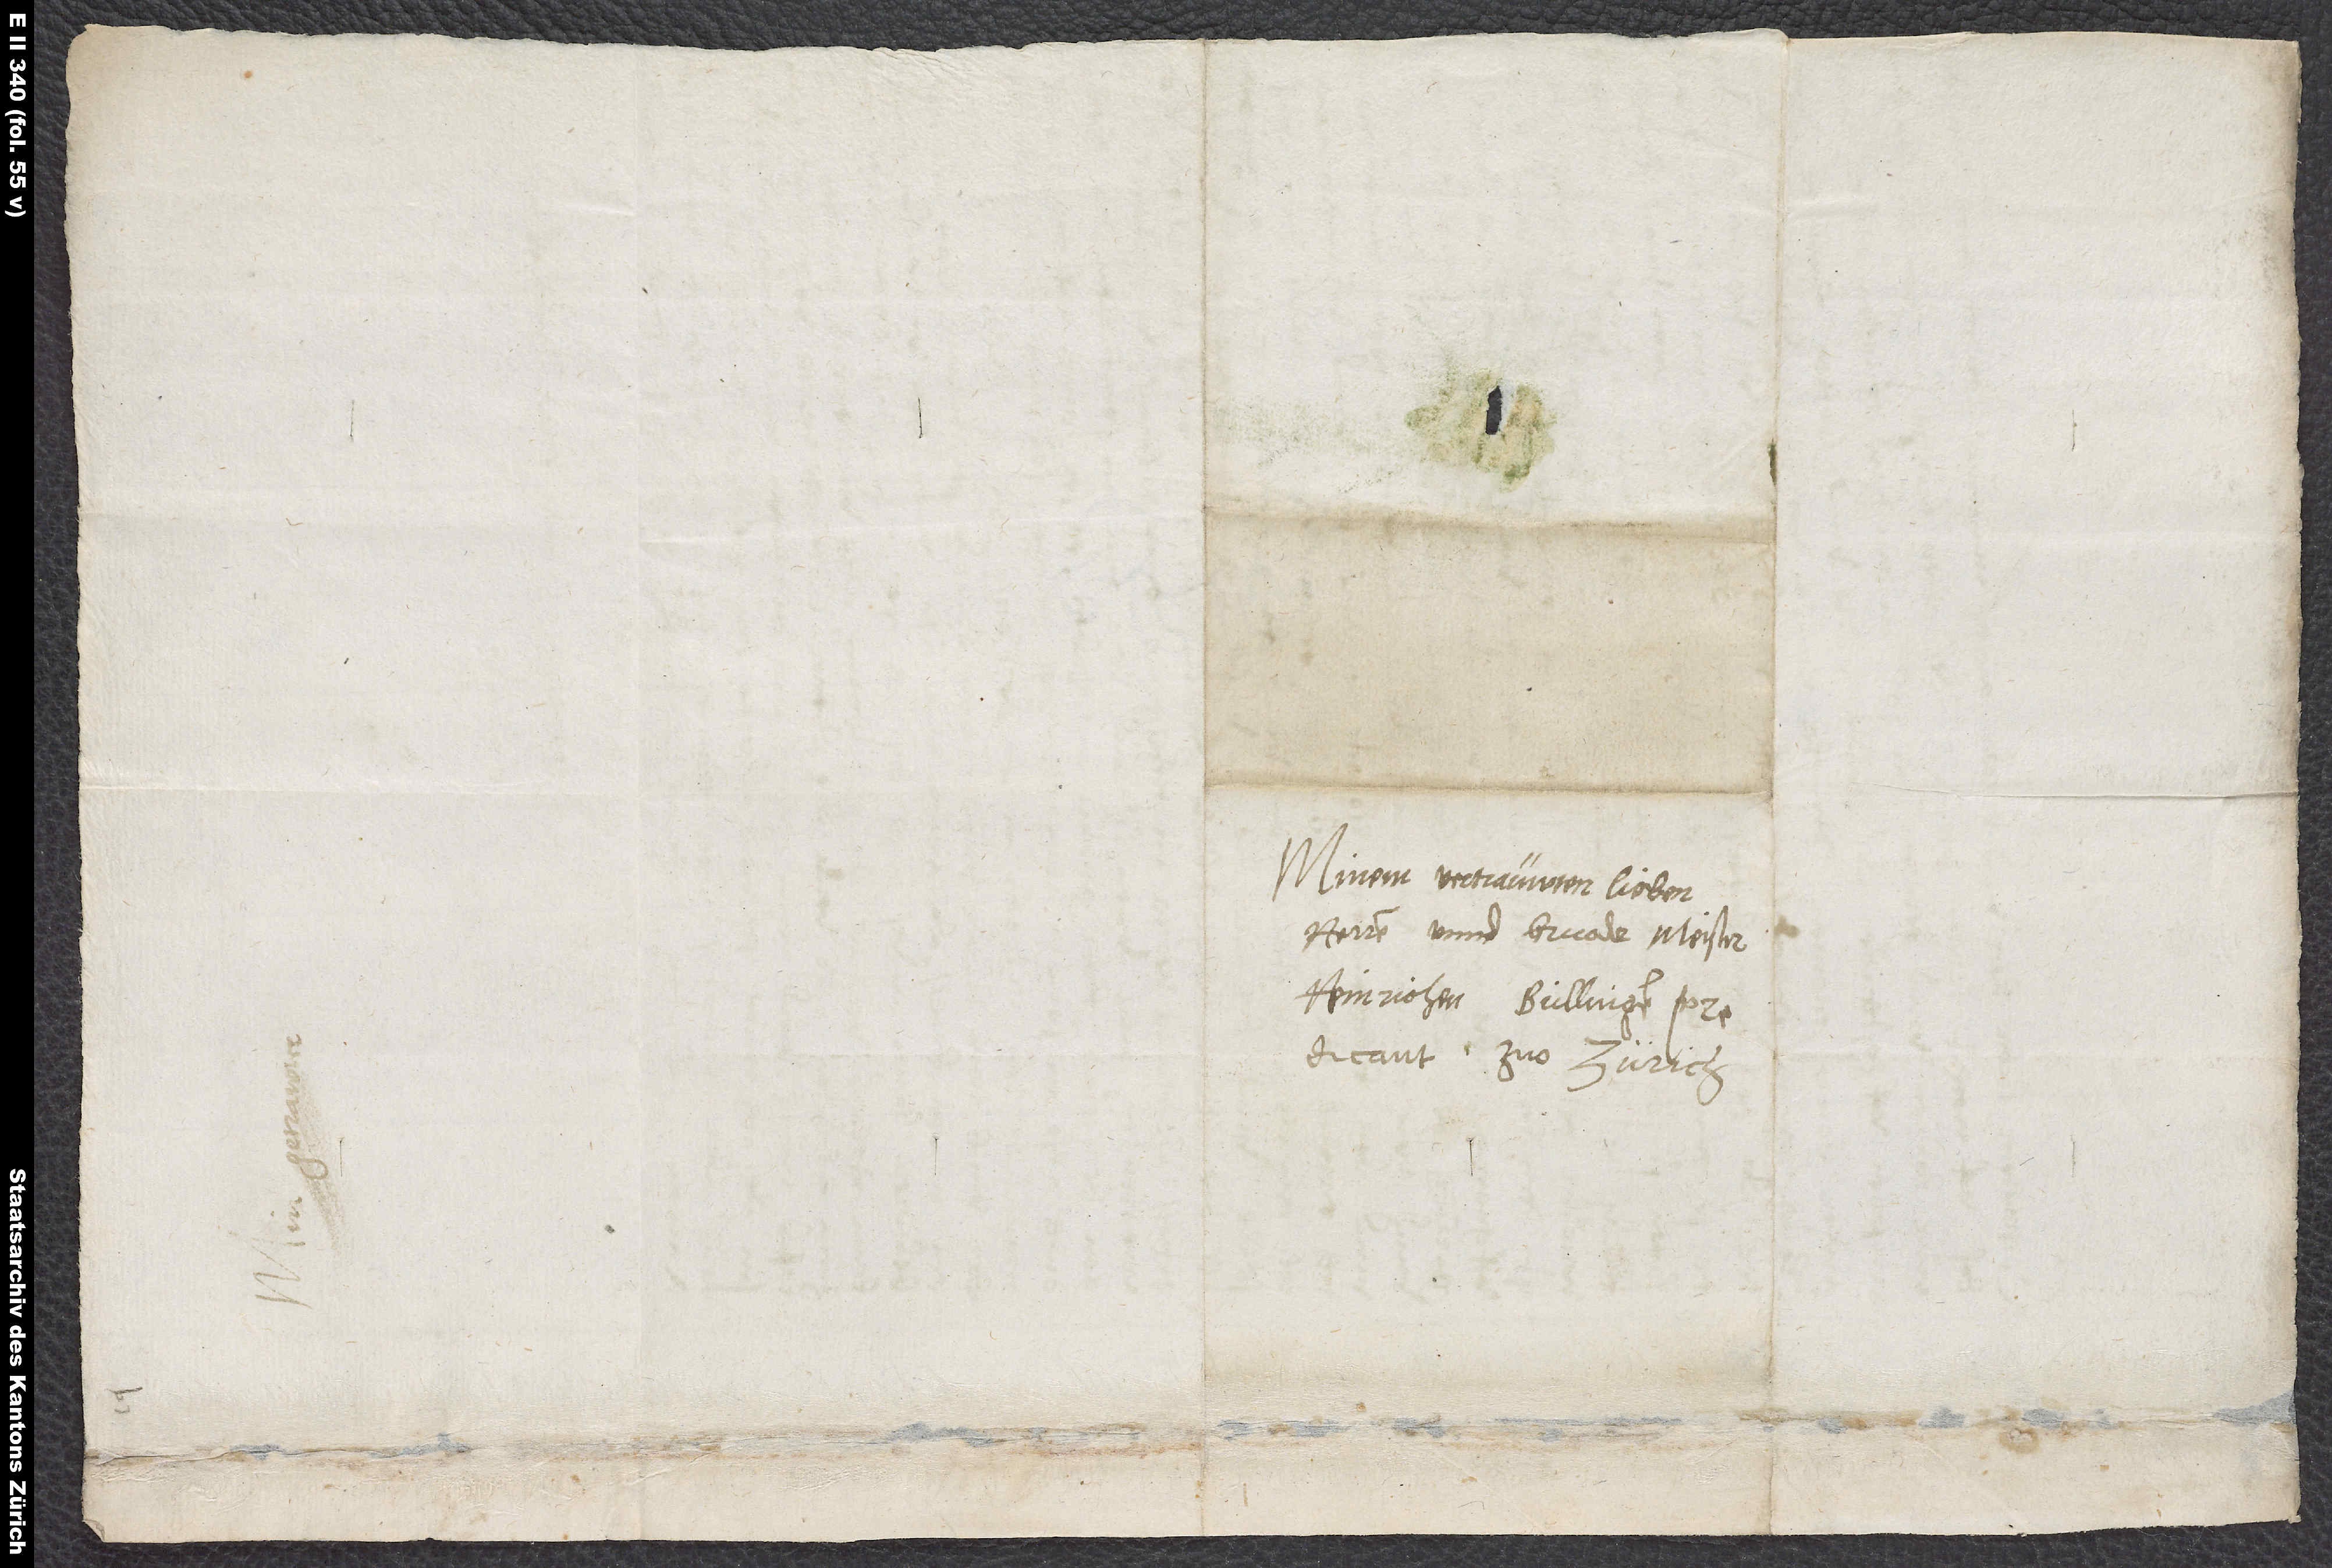
Minem vertrauwten, lieben
herren und bruoder Maister
Heinrichen Bullinger,
predicant zuo Zürich.